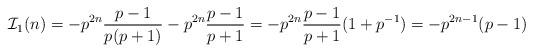
LaTeX: \begin{align*} \mathcal I_1(n) = -p^{2n}\frac{p-1}{p(p+1)} -p^{2n}\frac{p-1}{p+1} = -p^{2n}\frac{p-1}{p+1}(1+p^{-1}) = -p^{2n-1}(p-1)\end{align*}